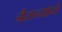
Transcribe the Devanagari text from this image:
चैतन्याने